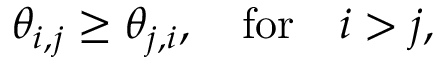
\begin{array} { r } { \theta _ { i , j } \geq \theta _ { j , i } , \quad \mathrm { f o r } \quad i > j , } \end{array}